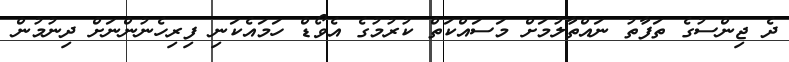
ދެ ޖިންސުގެ ތަފާތު ނައްތާލުމަށް މަސައްކަތް ކުރުމުގެ އެވޯޑް ހަމައެކަނި ފިރިހެނުންނަށް ދިނުމުން